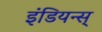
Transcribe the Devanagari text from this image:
इंडियन्स्